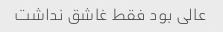
عالی بود فقط غاشق نداشت